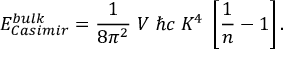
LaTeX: E _ { \small C a s i m i r } ^ { \small b u l k } = { \frac { 1 } { 8 \pi ^ { 2 } } } \; V \; \hbar c \; K ^ { 4 } \; \left[ { \frac { 1 } { n } } - 1 \right] .